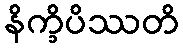
နိက္ခိပိဿတိ